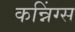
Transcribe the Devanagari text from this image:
कन्निंग्स